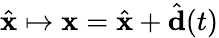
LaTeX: \hat{\mathbf{x}}\mapsto\mathbf{x}=\hat{\mathbf{x}}+\hat{\mathbf{d}}(t)